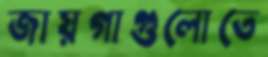
জায়গাগুলোতে